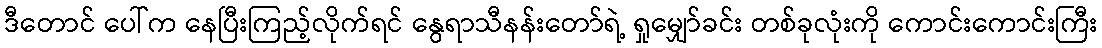
ဒီတောင် ပေါ်က နေပြီးကြည့်လိုက်ရင် နွေရာသီနန်းတော်ရဲ့ ရှုမျှော်ခင်း တစ်ခုလုံးကို ကောင်းကောင်းကြီး